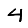
Digit: 4